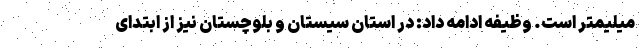
میلیمتر است. وظیفه ادامه داد: در استان سیستان و بلوچستان نیز از ابتدای